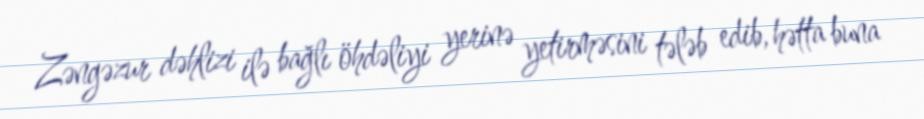
Zəngəzur dəhlizi ilə bağlı öhdəliyi yerinə yetirməsini tələb edib, hətta buna